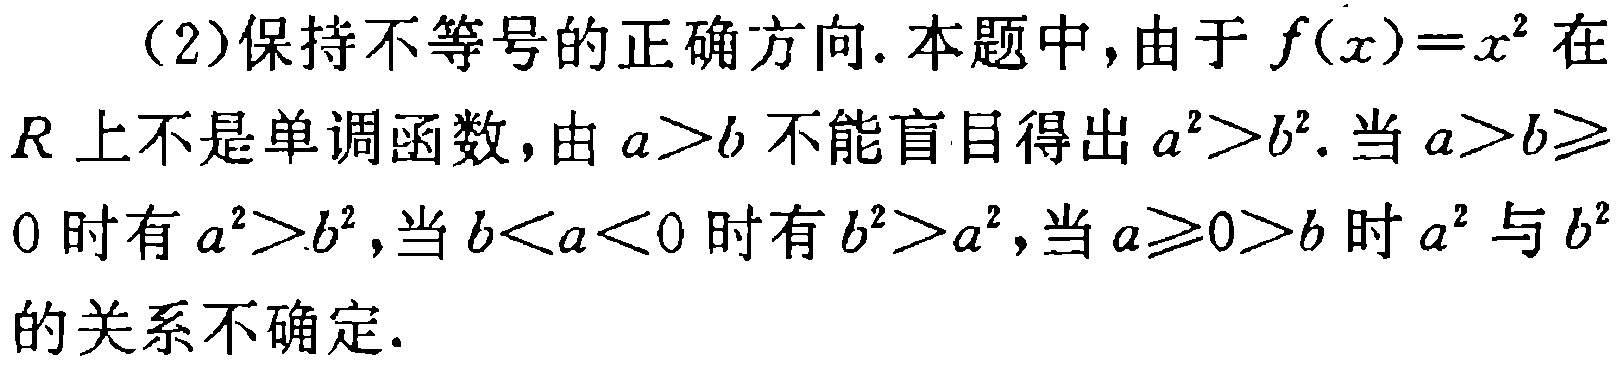
（2）保持不等号的正确方向. 本题中, 由于 \(f(x)=x^{2}\) 在 \(R\) 上不是单调函数, 由 \(a > b\) 不能盲目得出 \(a^{2}>b^{2}\). 当 \(a > b\geqslant0\) 时有 \(a^{2}>b^{2}\), 当 \(b < a < 0\) 时有 \(b^{2}>a^{2}\), 当 \(a\geqslant0>b\) 时 \(a^{2}\) 与 \(b^{2}\) 的关系不确定.